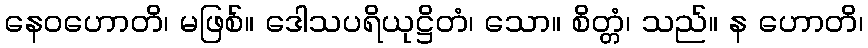
နေဝဟောတိ၊ မဖြစ်။ ဒေါသပရိယုဋ္ဌိတံ၊ သော။ စိတ္တံ၊ သည်။ န ဟောတိ၊